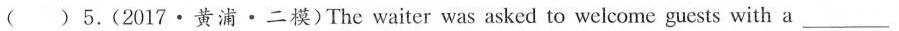
( )5.(2017·黄浦·二模)The waiter was asked to welcome guests with a ___